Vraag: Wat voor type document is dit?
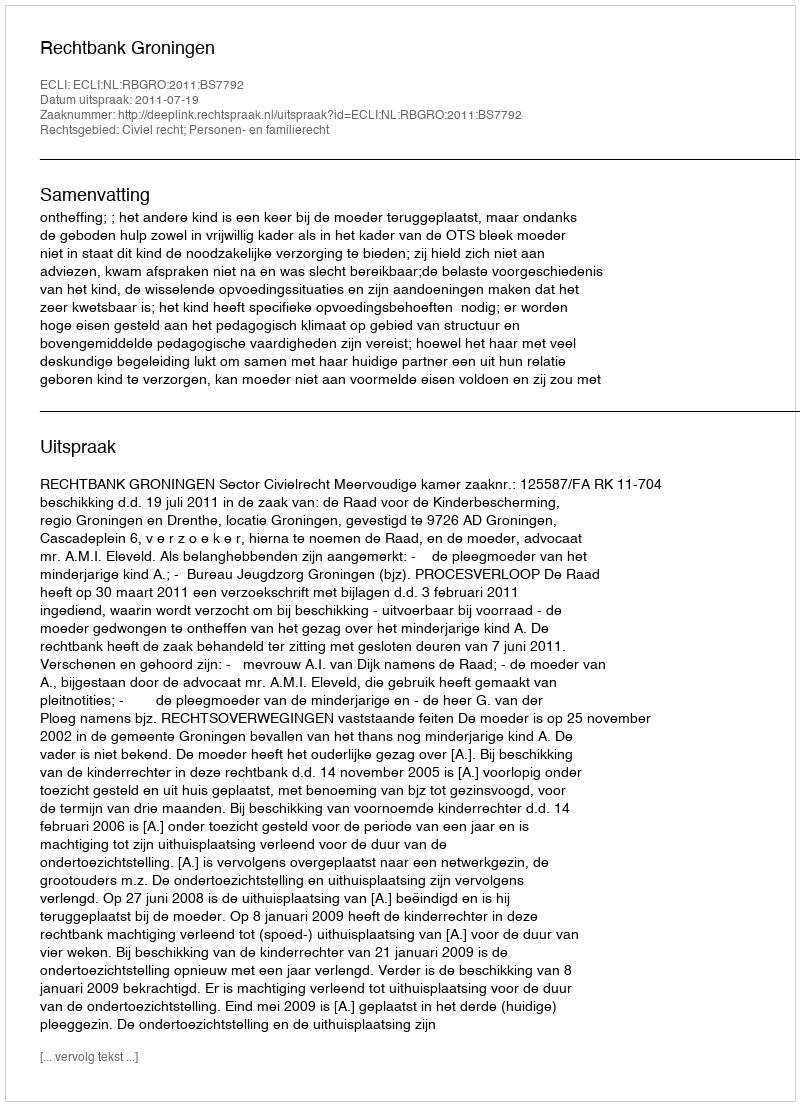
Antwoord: Uitspraak